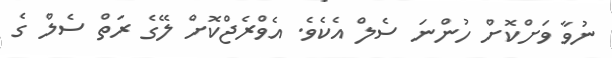
ނުވާ ވަށްކޮށް ހުންނަ ސެލް އެކެވެ. އެވްރެޖްކޮށް ލޭގެ ރަތް ސެލް ގެ